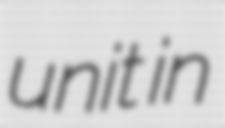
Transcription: unit in